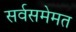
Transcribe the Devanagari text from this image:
सर्वसमेमत